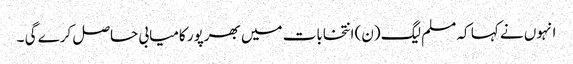
انہوں نے کہا کہ مسلم لیگ (ن) انتخابات میں بھرپور کامیابی حاصل کرے گی ۔